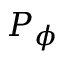
P _ { \phi }